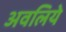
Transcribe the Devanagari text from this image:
अवलिये